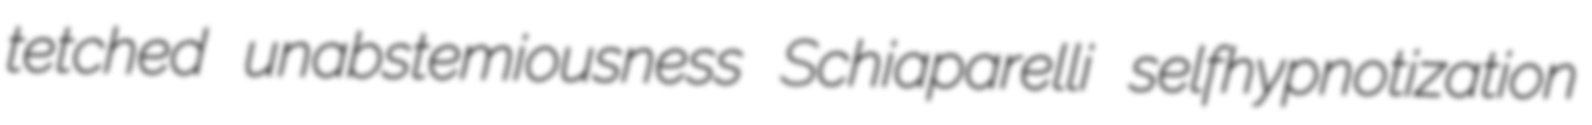
tetched unabstemiousness Schiaparelli selfhypnotization